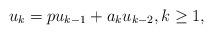
LaTeX: \begin{align*}u_k=p u_{k-1}+a_k u_{k-2}, k\geq 1,\end{align*}